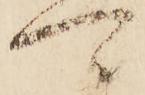
可